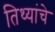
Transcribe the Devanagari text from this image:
तिथ्यांचे